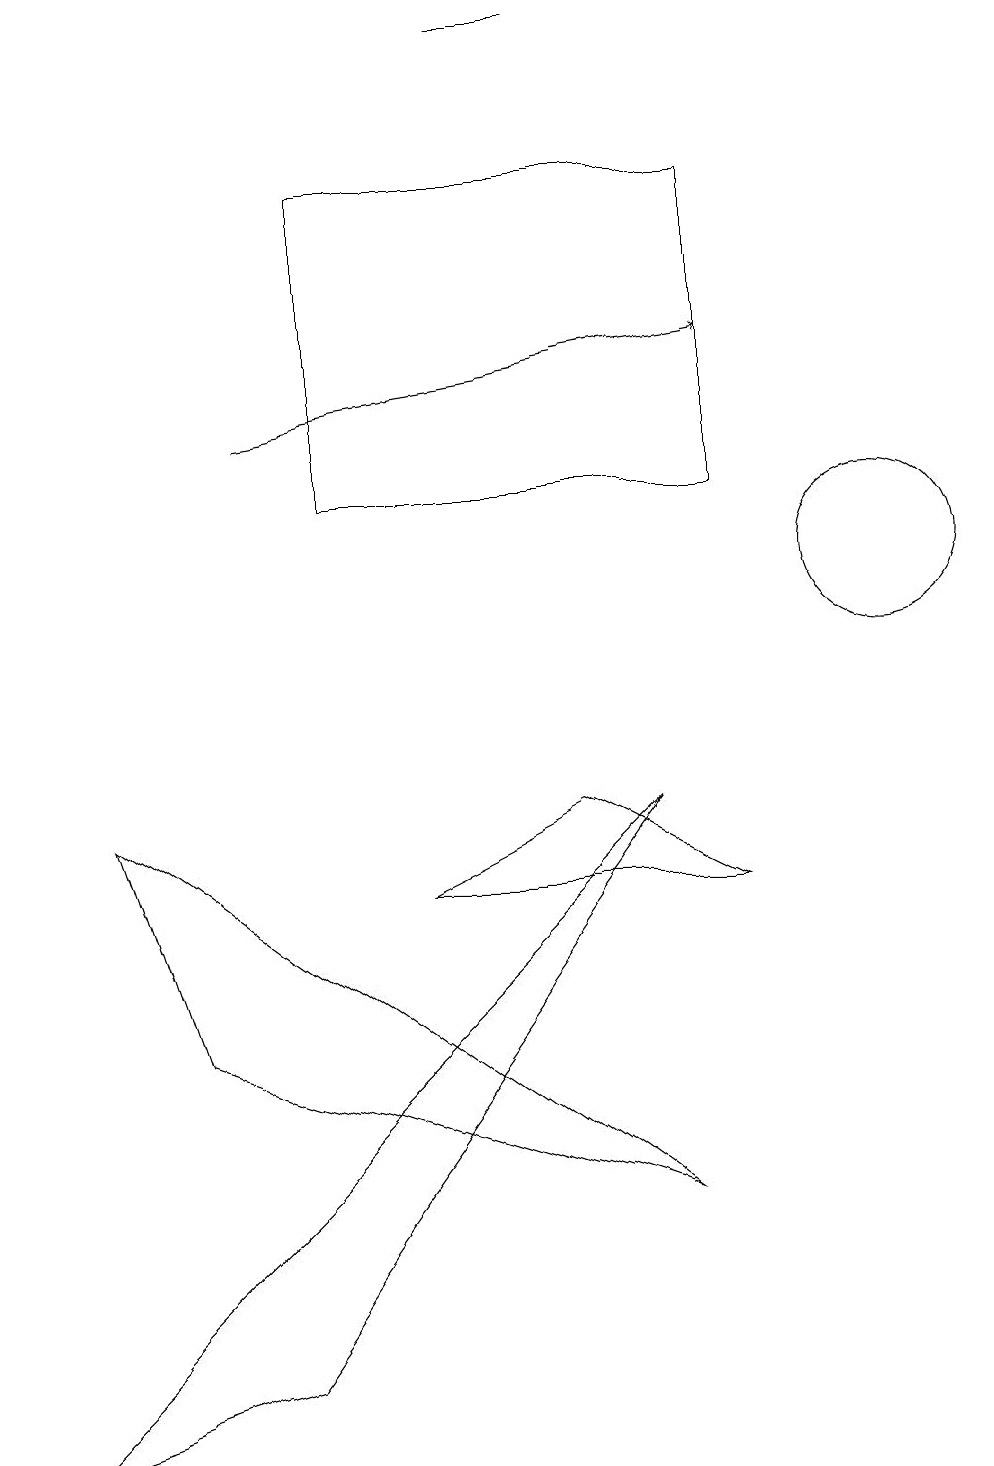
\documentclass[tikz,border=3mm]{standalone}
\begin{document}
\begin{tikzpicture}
\draw (9,7) -- (7,8) -- (5,7) -- cycle;
\draw[->] (3,13) -- (9,14);
\draw (7,18) rectangle (6,18);
\draw (10,11) circle (0);
\draw (2,5) -- (8,3) -- (1,8) -- cycle;
\draw (8,8) -- (3,1) -- (0,0) -- cycle;
\draw (9,12) rectangle (4,16);
\draw (11,11) circle (1);
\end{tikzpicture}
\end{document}